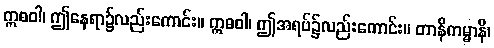
ဣဓဝါ၊ ဤနေရာ၌လည်းကောင်း။ ဣဓဝါ၊ ဤအရပ်၌လည်းကောင်း။ တာနိကမ္မာနိ၊